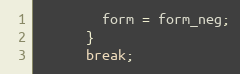
Language: C++
        form = form_neg;
      }
      break;